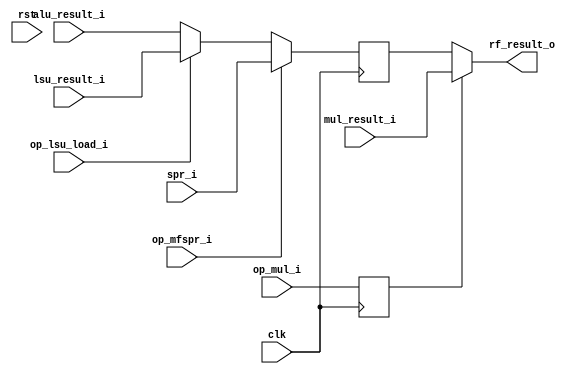
module mor1kx_wb_mux_cappuccino
  #(
    parameter OPTION_OPERAND_WIDTH = 32
    )
   (
    input 			      clk,
    input 			      rst,

    input [OPTION_OPERAND_WIDTH-1:0]  alu_result_i,
    input [OPTION_OPERAND_WIDTH-1:0]  lsu_result_i,
    input [OPTION_OPERAND_WIDTH-1:0]  mul_result_i,
    input [OPTION_OPERAND_WIDTH-1:0]  spr_i,

    output [OPTION_OPERAND_WIDTH-1:0] rf_result_o,

    input 			      op_mul_i,
    input 			      op_lsu_load_i,
    input 			      op_mfspr_i
    );

   reg [OPTION_OPERAND_WIDTH-1:0]     rf_result;
   reg 				      wb_op_mul;

   assign rf_result_o = wb_op_mul ? mul_result_i : rf_result;

   always @(posedge clk)
     if (op_mfspr_i)
       rf_result <= spr_i;
     else if (op_lsu_load_i)
       rf_result <= lsu_result_i;
     else
       rf_result <= alu_result_i;

   always @(posedge clk)
     wb_op_mul <= op_mul_i;

/*-------------------Formal Checking-------------*/

`ifdef FORMAL

   reg f_past_valid;
   initial f_past_valid = 0;
   always @(posedge clk)
      f_past_valid <= 1'b1;
   always @(*)
      if (!f_past_valid)
         assume (rst);
`ifdef MUX
   always @*
         assume ($onehot0({op_mul_i, op_lsu_load_i, op_mfspr_i}));

   always @(posedge clk) begin
      if (f_past_valid && !$past(rst)) begin
         if ($past(op_mfspr_i))
            assert (rf_result_o == $past(spr_i));
         else if ($past(op_lsu_load_i))
            assert (rf_result_o == $past(lsu_result_i));
         else if ($past(op_mul_i))
            assert (rf_result_o == mul_result_i);
         else
            assert (rf_result_o == $past(alu_result_i));
      end
   end
`endif

`endif
endmodule